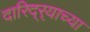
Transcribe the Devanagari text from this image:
दारिद्‌र्‍याच्या